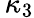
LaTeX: \, \kappa_{3}